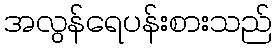
အလွန်ရေပန်းစားသည်